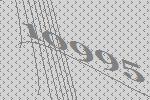
10995